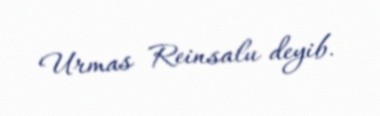
Urmas Reinsalu deyib.